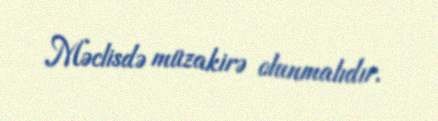
Məclisdə müzakirə olunmalıdır.